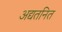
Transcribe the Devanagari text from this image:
अद्यतनित